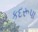
કદરૂપા